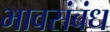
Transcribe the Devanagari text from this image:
भावसंबंध